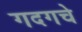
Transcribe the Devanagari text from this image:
गदगचे